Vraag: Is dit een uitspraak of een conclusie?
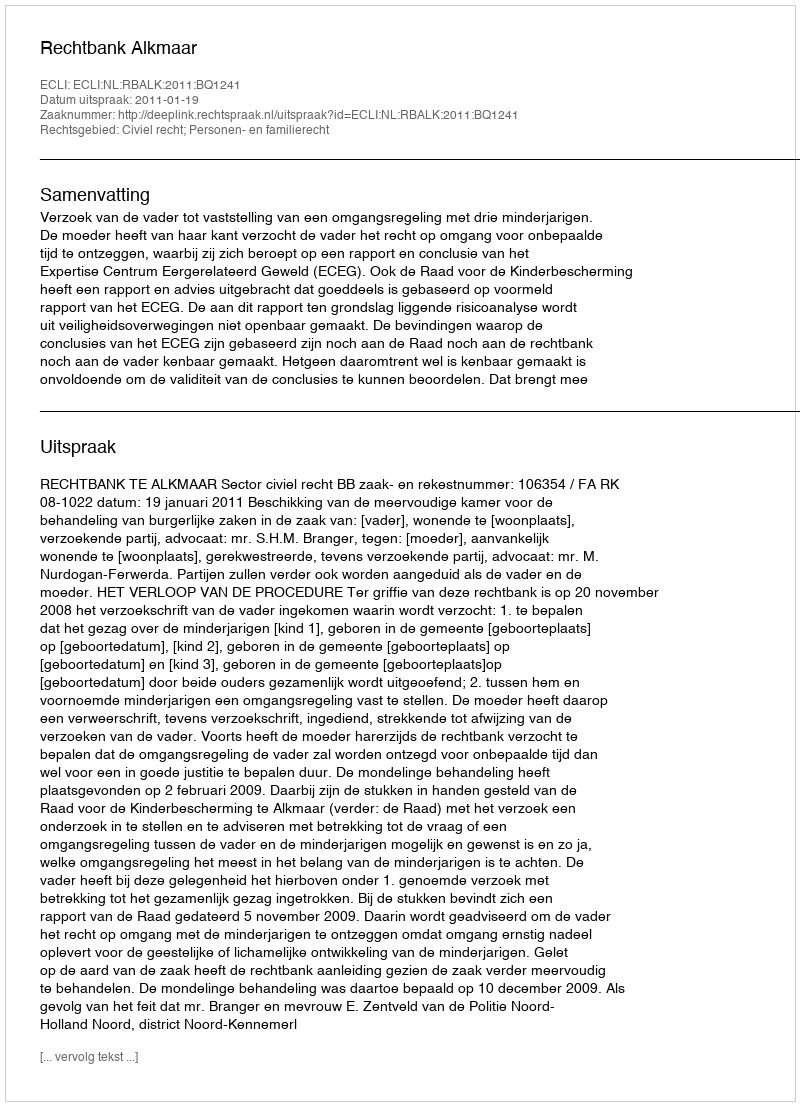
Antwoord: Uitspraak